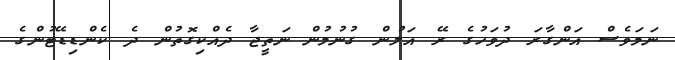
ނަމަވެސް އަންގާރަ ދުވަހުގެ ރޭ އަލުން ގުނުމުން ނަތީޖާ ދެއްކިގޮތުން ދެ ކެންޑިޑޭޓުންގެ